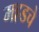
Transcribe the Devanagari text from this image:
महडचे